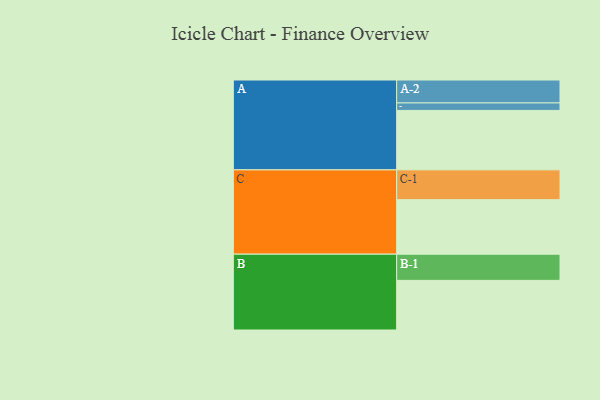
{"axis": {"x": "Segment", "y": "Value"}, "legend": ["", "A", "B", "C"], "data": [{"x": "A", "y": 516, "type": ""}, {"x": "B", "y": 431, "type": ""}, {"x": "C", "y": 473, "type": ""}, {"x": "A-1", "y": 65, "type": "A"}, {"x": "A-2", "y": 199, "type": "A"}, {"x": "B-1", "y": 227, "type": "B"}, {"x": "C-1", "y": 259, "type": "C"}]}